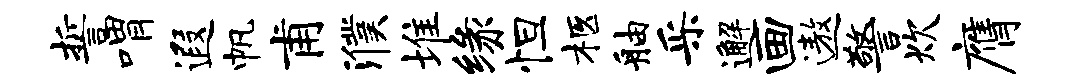
誓喟遐帆甫濮堆缘怛柩舳采邂画遨警炊膺